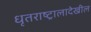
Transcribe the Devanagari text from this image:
धृतराष्ट्रालादेखील